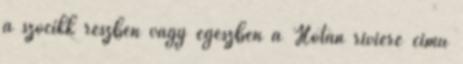
a szócikk részben vagy egészben a Hotan rivière című